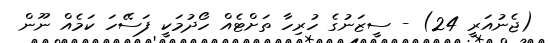
(ޖެނުއަރީ 24) - ސީޒަނުގެ ހުރިހާ ތަށްޓެއް ހޯދުމަކީ ފަސޭހަ ކަމެއް ނޫން